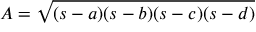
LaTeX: A = { \sqrt { ( s - a ) ( s - b ) ( s - c ) ( s - d ) } }